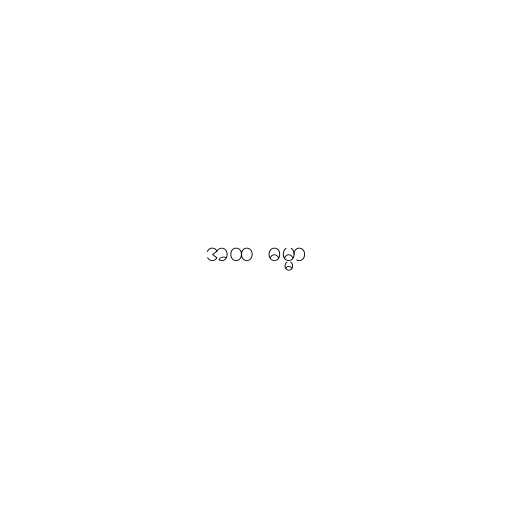
အထ  ဓမ္မာ